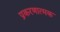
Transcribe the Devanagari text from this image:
प्रकरणात्मक